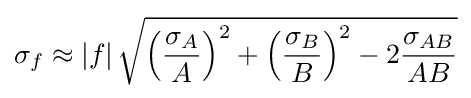
\sigma _{f}\approx \left|f\right|{\sqrt {\left({\frac {\sigma _{A}}{A}}\right)^{2}+\left({\frac {\sigma _{B}}{B}}\right)^{2}-2{\frac {\sigma _{AB}}{AB}}}}